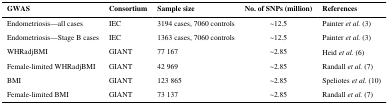
| GWAS | Consortium | Sample size | No. of SNPs (million) | References |
 | --- | --- | --- | --- | --- |
 | Endometriosis—all cases | IEC | 3194 cases, 7060 controls | ~12.5 | Painter et al. (3) |
 | Endometriosis—Stage B cases | IEC | 1363 cases, 7060 controls | ~12.5 | Painter et al. (3) |
 | WHRadjBMI | GIANT | 77 167 | ~2.85 | Heid et al. (6) |
 | Female-limited WHRadjBMI | GIANT | 42 969 | ~2.85 | Randall et al. (7) |
 | BMI | GIANT | 123 865 | ~2.85 | Speliotes et al. (10) |
 | Female-limited BMI | GIANT | 73 137 | ~2.85 | Randall et al. (7) |